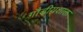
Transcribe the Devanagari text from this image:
गौडीयशाक्त